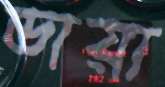
ডায়া